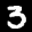
Label: 3